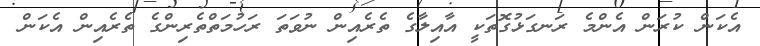
އެކަން ކުރަން އެންމެ ރަނގަޅުގޮތަކީ އާއިލާގެ ތެރެއިން ނުވަތަ ރަހުމަތްތެރިންގެ ތެރެއިން އެކަން